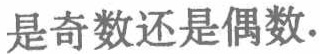
是奇数还是偶数.